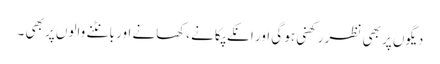
دیگوں پر بھی نظر رکھنی ہو گی اور انکے پکانے ،کھانے اور بانٹنے والوں پر بھی ۔